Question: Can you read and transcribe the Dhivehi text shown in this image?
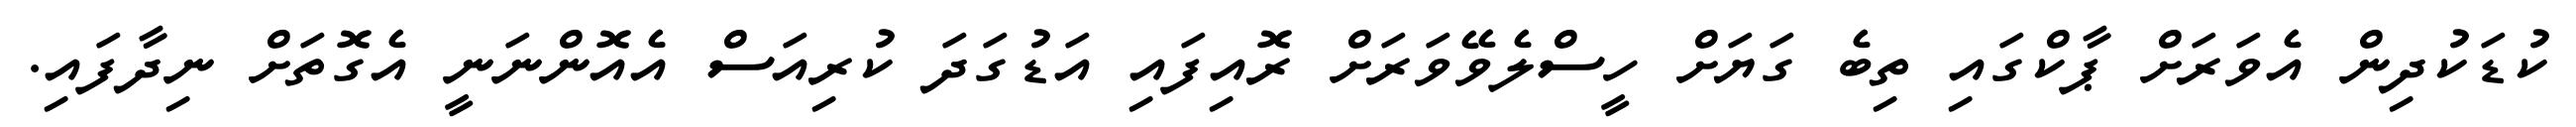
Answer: ކުޑަކުދިން އެވަރަށް ޕާކްގައި ތިބެ ގަޔަށް ހީސްލެވޭވަރަށް ރޮއިފައި އަޑުގަދަ ކުރިއަސް އެއޮންނަނީ އެގޮތަށް ނިދާފައި.